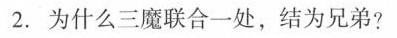
2.为什么三魔联合一处，结为兄弟?